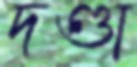
দণ্ডা